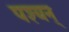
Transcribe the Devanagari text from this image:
पश्यन्